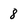
Character: 8